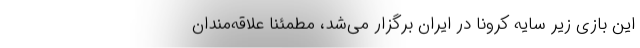
این بازی زیر سایه کرونا در ایران برگزار می‌شد، مطمئنا علاقه‌مندان